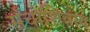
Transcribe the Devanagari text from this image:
संचाशिवाय